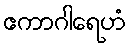
ဧကာဂါရေဟံ